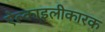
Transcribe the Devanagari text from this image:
ऐल्काइलीकारक